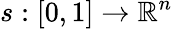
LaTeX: s:[0,1]\to\mathbb{R}^{n}